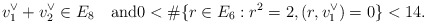
\begin{align*}v_1^\vee + v_2^\vee \in E_8\quad\textrm{and}0 < \#\{r \in E_6 : r^2 = 2, (r,v_1^\vee) = 0\} < 14.\end{align*}